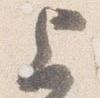
上